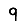
Digit: 9